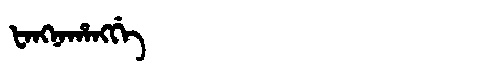
Manchu: ᡶᠠᠩᠨᠠᡥᠠᠩᡤᡝ
Romanization: FANGNAHANGGE